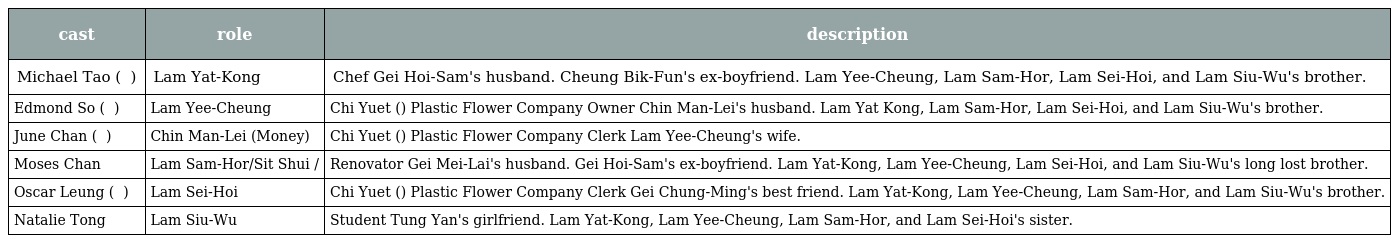
| cast | role | description |
 | --- | --- | --- |
 | Michael Tao ( 陶大宇 ) | Lam Yat-Kong 林一江 | Chef Gei Hoi-Sam's husband. Cheung Bik-Fun's ex-boyfriend. Lam Yee-Cheung, Lam Sam-Hor, Lam Sei-Hoi, and Lam Siu-Wu's brother. |
 | Edmond So ( 蘇志威 ) | Lam Yee-Cheung 林二洋 | Chi Yuet (姿月) Plastic Flower Company Owner Chin Man-Lei's husband. Lam Yat Kong, Lam Sam-Hor, Lam Sei-Hoi, and Lam Siu-Wu's brother. |
 | June Chan ( 陳琪 ) | Chin Man-Lei (Money) 錢敏俐 | Chi Yuet (姿月) Plastic Flower Company Clerk Lam Yee-Cheung's wife. |
 | Moses Chan | Lam Sam-Hor/Sit Shui 林三河/薛水 | Renovator Gei Mei-Lai's husband. Gei Hoi-Sam's ex-boyfriend. Lam Yat-Kong, Lam Yee-Cheung, Lam Sei-Hoi, and Lam Siu-Wu's long lost brother. |
 | Oscar Leung ( 梁烈唯 ) | Lam Sei-Hoi 林四海 | Chi Yuet (姿月) Plastic Flower Company Clerk Gei Chung-Ming's best friend. Lam Yat-Kong, Lam Yee-Cheung, Lam Sam-Hor, and Lam Siu-Wu's brother. |
 | Natalie Tong | Lam Siu-Wu 林小湖 | Student Tung Yan's girlfriend. Lam Yat-Kong, Lam Yee-Cheung, Lam Sam-Hor, and Lam Sei-Hoi's sister. |